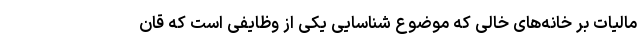
مالیات بر خانه‌های خالی که موضوع شناسایی یکی از وظایفی است که قان